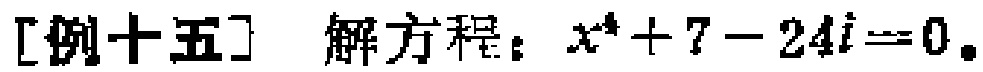
[例十五] 解方程：\(x^{4}+7 - 24i = 0\)。